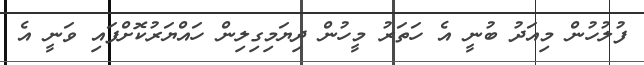
ފުލުހުން މިއަދު ބުނީ އެ ހަތަރު މީހުން ދިޔަމިގިލިން ހައްޔަރުކޮށްފައި ވަނީ އެ